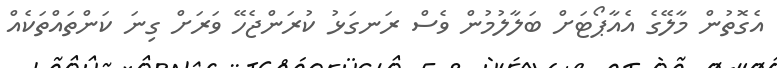
އެގޮތުން މާލޭގެ އެއާޕޯޓަށް ބަލާލުމުން ވެސް ރަނގަޅު ކުރަންޖެހޭ ވަރަށް ގިނަ ކަންތައްތަކެއް